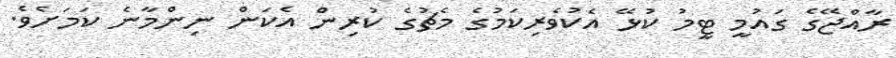
ރާއްޖޭގެ ގައުމީ ޓީމު ކުޅޭ އެކުވެރިކަމުގެ މެޗުގެ ކުރިން އެކަން ނިންމާނެ ކަމަށެވެ.